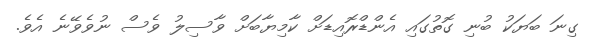
ގިނަ ބަޔަކު ބުނި ގޮތުގައި އެންޑްރޮއިޑަށް ކާމިޔާބަށް ވާސިލު ވެސް ނުވެވޭނެ އެވެ.